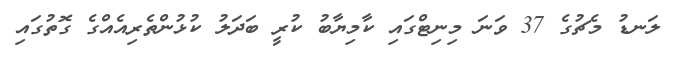
ލަނޑު މެޗުގެ 37 ވަނަ މިނިޓްގައި ކާމިޔާބު ކުރީ ބަދަލު ކުޅުންތެރިއެއްގެ ގޮތުގައި